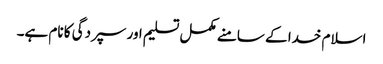
اسلام خدا کے سامنے مکمل تسلیم اور سپردگی کا نام ہے۔